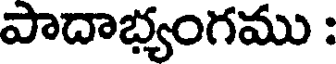
పాదాభ్యంగము :